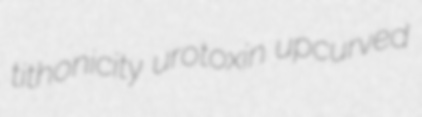
tithonicity urotoxin upcurved